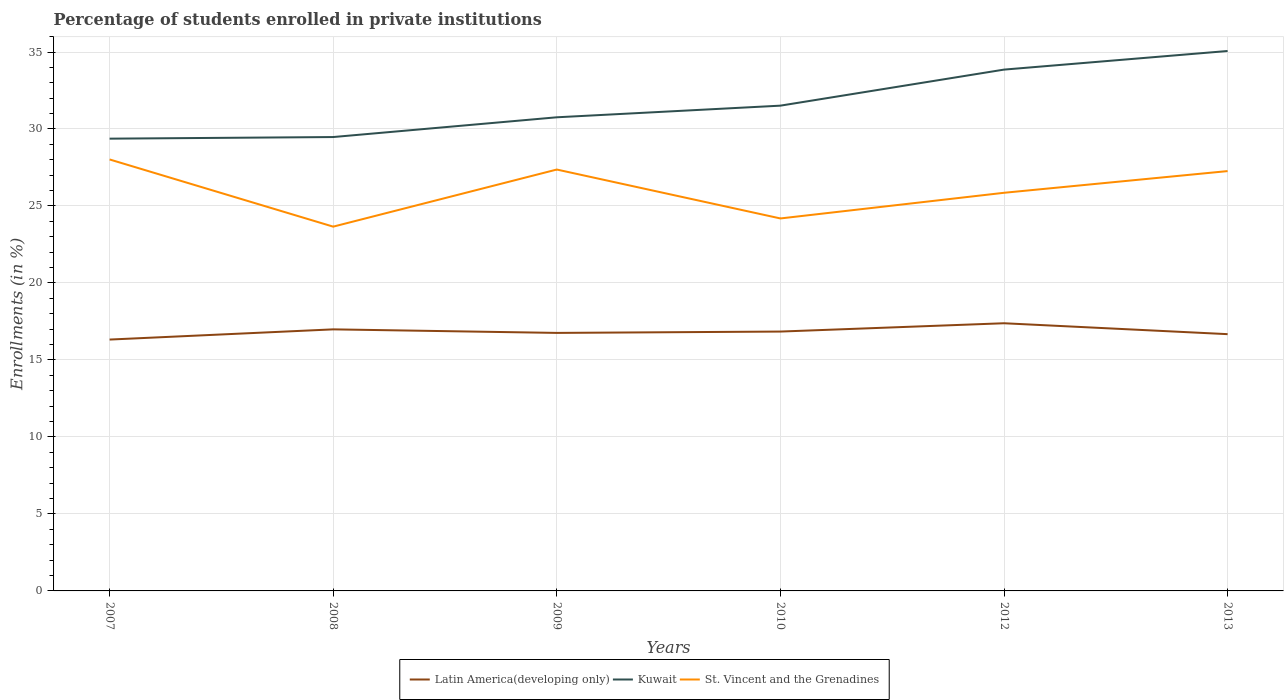
| Years | Latin America(developing only) | Kuwait | St. Vincent and the Grenadines |
 | --- | --- | --- | --- |
 | 2007 | 16.3 | 29.4 | 28 |
 | 2008 | 17 | 29.5 | 23.7 |
 | 2009 | 16.8 | 30.8 | 27.4 |
 | 2010 | 16.8 | 31.5 | 24.2 |
 | 2012 | 17.4 | 33.9 | 25.9 |
 | 2013 | 16.7 | 35.1 | 27.3 |